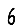
Digit: 6